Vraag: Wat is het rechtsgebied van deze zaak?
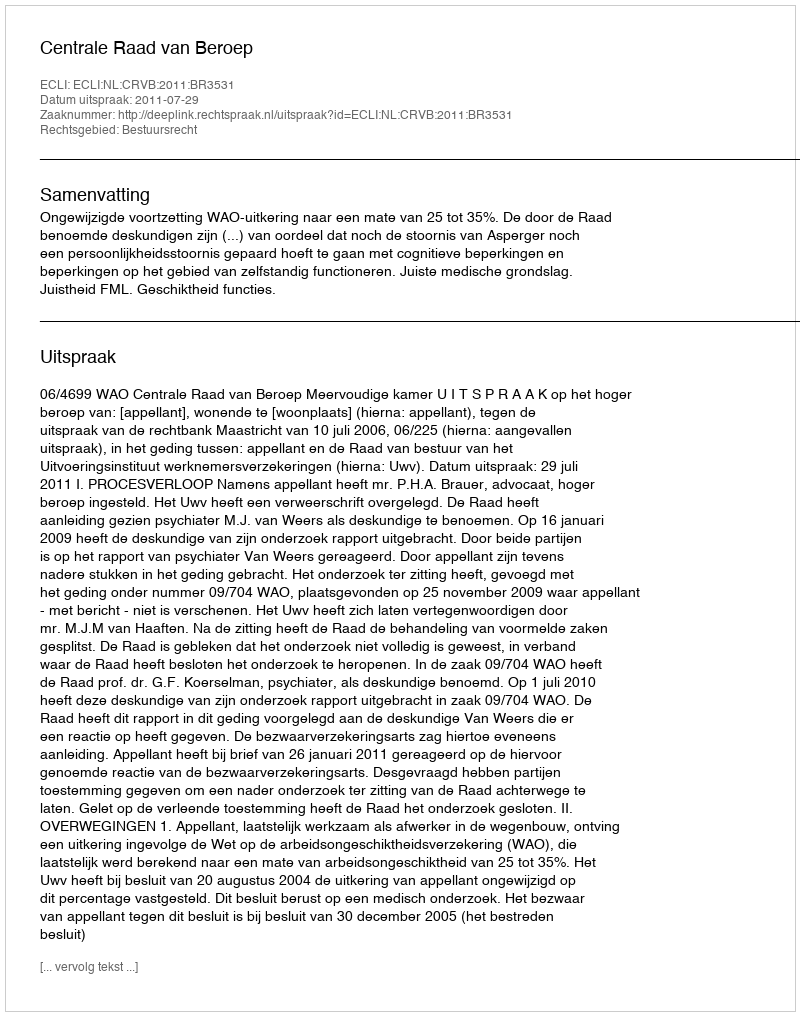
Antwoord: Bestuursrecht